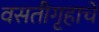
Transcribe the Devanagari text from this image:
वसतीगृहाचे